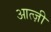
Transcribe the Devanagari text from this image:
आत्ज़ी